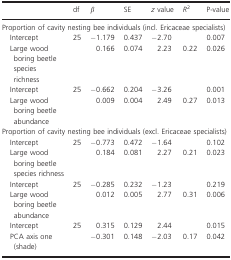
<table><thead><tr><td></td><td><b>df</b></td><td><b><i>β</i></b></td><td><b>SE</b></td><td><b><i>z</i> value</b></td><td><b><i>R</i><sup>2</sup></b></td><td><b>P‐value</b></td></tr></thead><tbody><tr><td colspan="7">Proportion of cavity nesting bee individuals (incl. Ericaceae specialists)</td></tr><tr><td>Intercept</td><td>25</td><td>−1.179</td><td>0.437</td><td>−2.70</td><td></td><td>0.007</td></tr><tr><td>Large wood boring beetle species richness</td><td></td><td>0.166</td><td>0.074</td><td>2.23</td><td>0.22</td><td>0.026</td></tr><tr><td>Intercept</td><td>25</td><td>−0.662</td><td>0.204</td><td>−3.26</td><td></td><td>0.001</td></tr><tr><td>Large wood boring beetle abundance</td><td></td><td>0.009</td><td>0.004</td><td>2.49</td><td>0.27</td><td>0.013</td></tr><tr><td colspan="7">Proportion of cavity nesting bee individuals (excl. Ericaceae specialists)</td></tr><tr><td>Intercept</td><td>25</td><td>−0.773</td><td>0.472</td><td>−1.64</td><td></td><td>0.102</td></tr><tr><td>Large wood boring beetle species richness</td><td></td><td>0.184</td><td>0.081</td><td>2.27</td><td>0.21</td><td>0.023</td></tr><tr><td>Intercept</td><td>25</td><td>−0.285</td><td>0.232</td><td>−1.23</td><td></td><td>0.219</td></tr><tr><td>Large wood boring beetle abundance</td><td></td><td>0.012</td><td>0.005</td><td>2.77</td><td>0.31</td><td>0.006</td></tr><tr><td>Intercept</td><td>25</td><td>0.315</td><td>0.129</td><td>2.44</td><td></td><td>0.015</td></tr><tr><td>PCA axis one (shade)</td><td></td><td>−0.301</td><td>0.148</td><td>−2.03</td><td>0.17</td><td>0.042</td></tr></tbody></table>